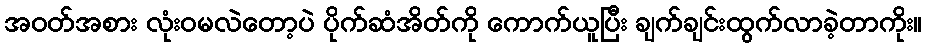
အဝတ်အစား လုံးဝမလဲတော့ပဲ ပိုက်ဆံအိတ်ကို ကောက်ယူပြီး ချက်ချင်းထွက်လာခဲ့တာကိုး။